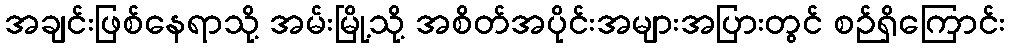
အချင်းဖြစ်နေရာသို့ အမ်းမြို့သို့ အစိတ်အပိုင်းအများအပြားတွင် စဉ်ရှိကြောင်း